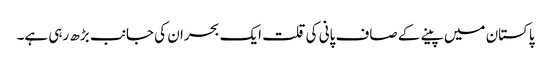
پاکستان میں پینے کے صاف پانی کی قلت ایک بحران کی جانب بڑھ رہی ہے۔